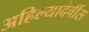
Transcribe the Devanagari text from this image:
अहिल्यादेवींस